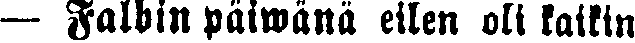
— Falbin päiwänä eilen oli kaikin